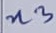
Text: n3